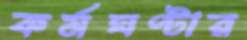
কর্মঘণ্টার